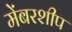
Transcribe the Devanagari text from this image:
मेंबरशीप